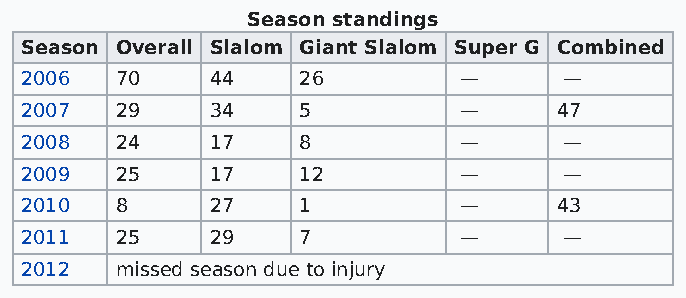
Season standings
 Season Overall Slalom Giant Slalom Super G Combined
 2006   70    44    26        —      —
 2007   29    34    5         —      47
 2008   24    17    8         —      —
 2009   25    17    12        —      —
 2010   8     27    1         —      43
 2011   25    29    7         —      —
 2012   missed season due to injury